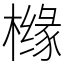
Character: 橼